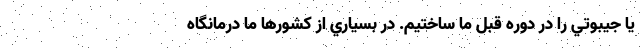
يا جيبوتي را در دوره قبل ما ساختيم. در بسياري از كشورها ما درمانگاه